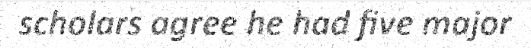
scholars agree he had five major